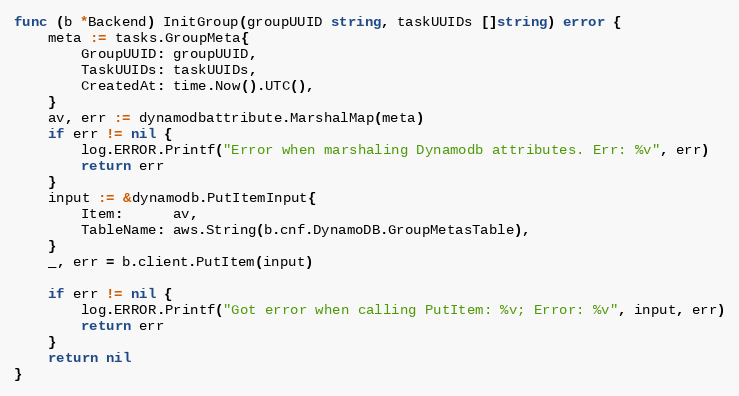
Language: Go
func (b *Backend) InitGroup(groupUUID string, taskUUIDs []string) error {
	meta := tasks.GroupMeta{
		GroupUUID: groupUUID,
		TaskUUIDs: taskUUIDs,
		CreatedAt: time.Now().UTC(),
	}
	av, err := dynamodbattribute.MarshalMap(meta)
	if err != nil {
		log.ERROR.Printf("Error when marshaling Dynamodb attributes. Err: %v", err)
		return err
	}
	input := &dynamodb.PutItemInput{
		Item:      av,
		TableName: aws.String(b.cnf.DynamoDB.GroupMetasTable),
	}
	_, err = b.client.PutItem(input)

	if err != nil {
		log.ERROR.Printf("Got error when calling PutItem: %v; Error: %v", input, err)
		return err
	}
	return nil
}